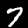
Digit: 7